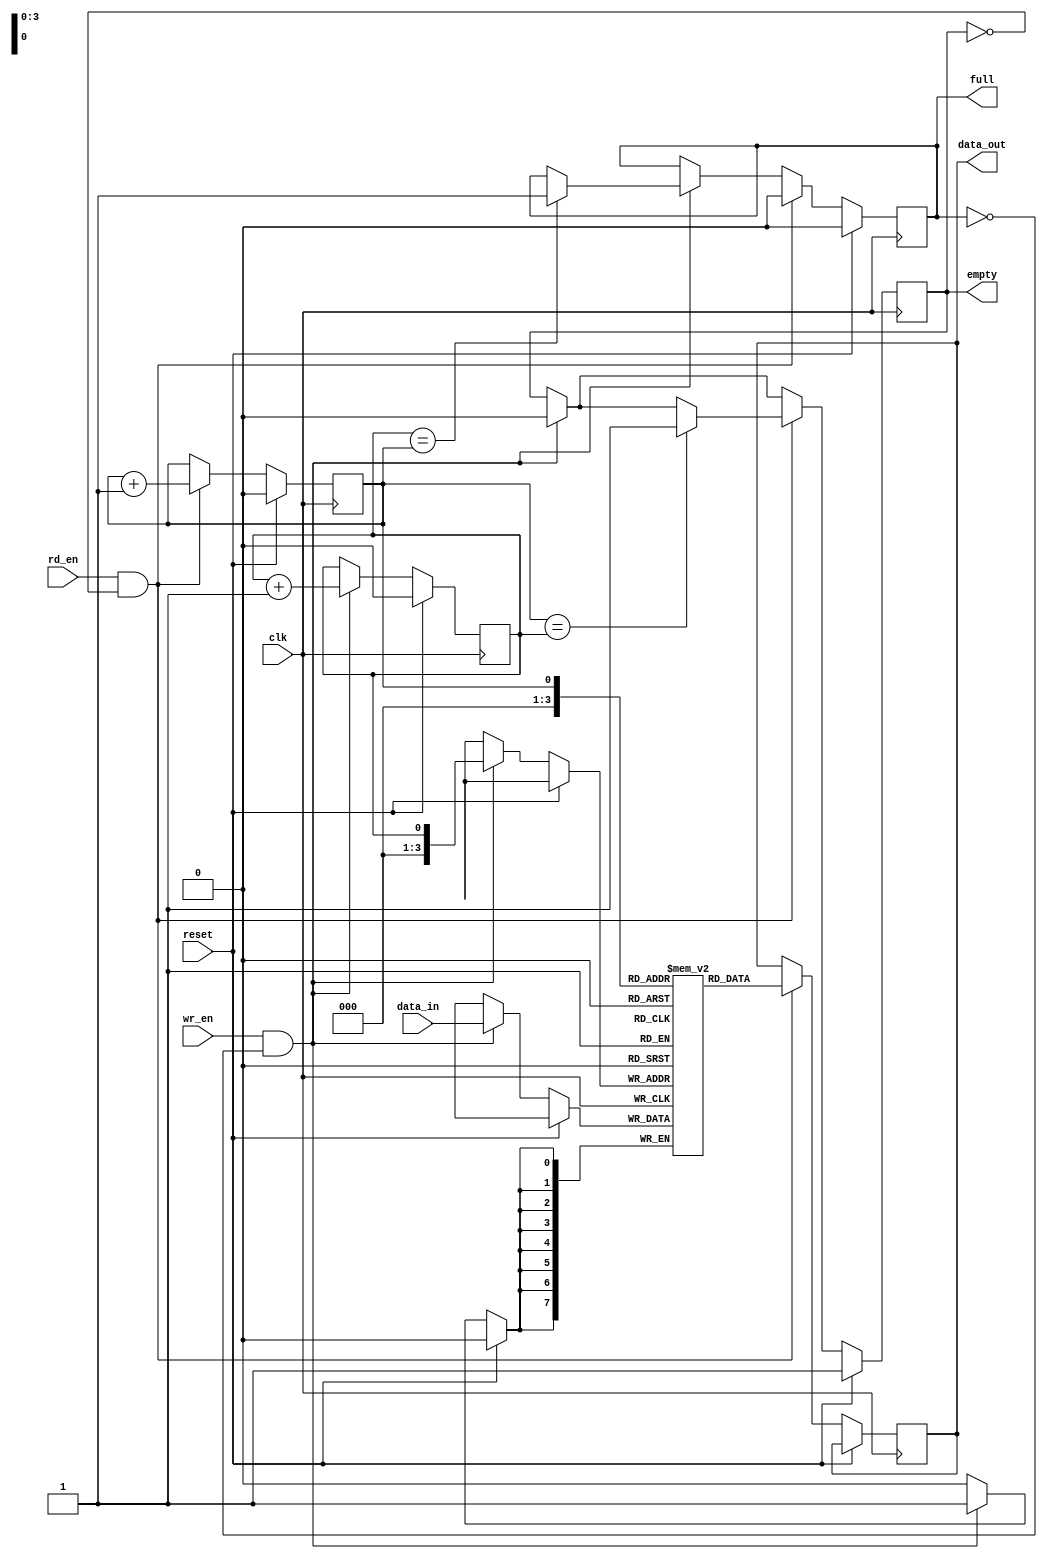
module fifo #(parameter DATA_WIDTH = 8, parameter FIFO_DEPTH = 16)(
    input clk,
    input reset,
    input wr_en,
    input rd_en,
    input [DATA_WIDTH-1:0] data_in,
    output reg [DATA_WIDTH-1:0] data_out,
    output reg full,
    output reg empty
);

reg [DATA_WIDTH-1:0] fifo [0:FIFO_DEPTH-1];
reg wr_ptr, rd_ptr;

always @(posedge clk) begin
    if (reset) begin
        wr_ptr <= 0;
        rd_ptr <= 0;
        full <= 0;
        empty <= 1;
    end else begin
        if (wr_en && !full) begin
            fifo[wr_ptr] <= data_in;
            wr_ptr <= wr_ptr + 1;
            if (wr_ptr == FIFO_DEPTH) wr_ptr <= 0;
            empty <= 0;
            if (wr_ptr == rd_ptr) full <= 1;
        end
        if (rd_en && !empty) begin
            data_out <= fifo[rd_ptr];
            rd_ptr <= rd_ptr + 1;
            if (rd_ptr == FIFO_DEPTH) rd_ptr <= 0;
            full <= 0;
            if (rd_ptr == wr_ptr) empty <= 1;
        end
    end
end

endmodule